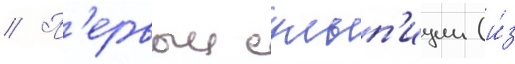
// П'ервыи сульп'иции (и́з